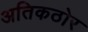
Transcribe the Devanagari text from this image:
अतिकठोर